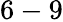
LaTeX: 6-9